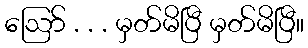
ဪ . . . မှတ်မိပြီ မှတ်မိပြီ။